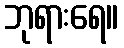
ဘုရားရေ။